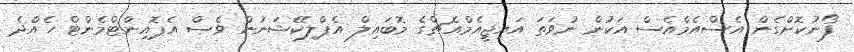
ފޯނުކޮށްގެން އެސްއެމްއެސް އަކުން ނުވަތަ އައިޖީއެމްއެޗްގެ މޮބައިލް އެޕްލިކޭޝަނުން ވެސް އެޕޮއިންޓްމެންޓް ހެއްދެ